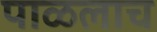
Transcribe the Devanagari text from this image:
पाळलाच